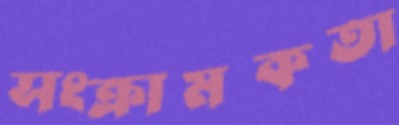
সংক্রামকতা